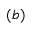
( b )